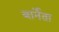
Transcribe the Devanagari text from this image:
बार्नेता